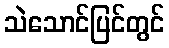
သဲသောင်ပြင်တွင်